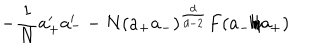
- { \frac { 1 } { N } } a _ { + } ^ { \prime } a _ { - } ^ { \prime } - N ( a _ { + } a _ { - } ) ^ { \frac { d } { d - 2 } } F ( a _ { - } / a _ { + } )